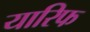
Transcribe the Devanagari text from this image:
यारिफ